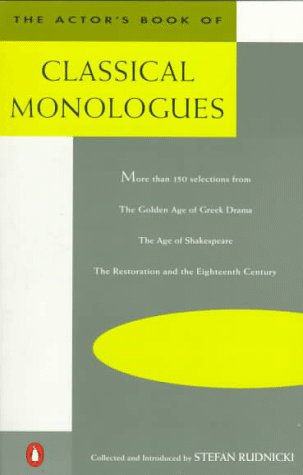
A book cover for The Actor's Book of Classical Monologues: More than 150 Selections from the Golden Age of Greek Drama, the Age of Shakespeare, Restoration and the Eighteenth Century; Literature & Fiction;